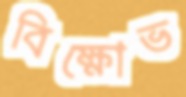
বিক্ষোভ